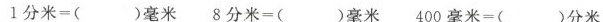
$$ 1分米=( )毫米 $$ $$8分米=( )毫米$$$$ 400毫米=( )分米 $$